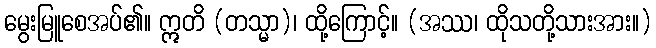
မွေးမြူစေအပ်၏။ ဣတိ (တသ္မာ)၊ ထို့ကြောင့်။ (အဿ၊ ထိုသတို့သားအား။)